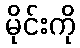
မိုင်းကို